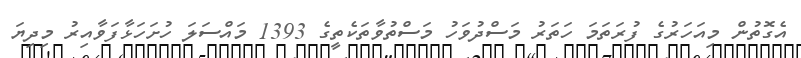
އެގޮތުން މިއަހަރުގެ ފުރަތަމަ ހަތަރު މަސްދުވަހު މަސްތުވާތަކެތީގެ 1393 މައްސަލަ ހުށަހަޅާފަވާއިރު މިދިޔަ